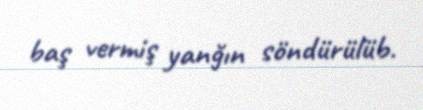
baş vermiş yanğın söndürülüb.